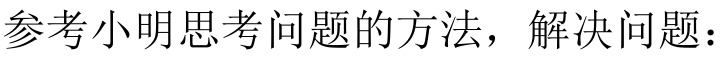
参考小明思考问题的方法，解决问题：